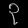
Digit: ၃